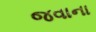
જવાના